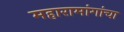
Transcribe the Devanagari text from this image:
महारामांगांचा